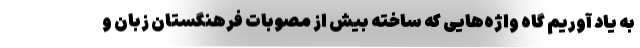
به یاد آوریم گاه واژه‌هایی که ساخته بیش از مصوبات فرهنگستان زبان و